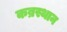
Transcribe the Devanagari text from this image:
कब्रस्थान